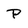
Character: P